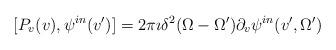
LaTeX: \begin{align*}[P_{v}(v),\psi^{in}(v')]= 2\pi\imath \delta^2{(\Omega-\Omega')}\partial_{v}\psi^{in}(v',\Omega')\end{align*}